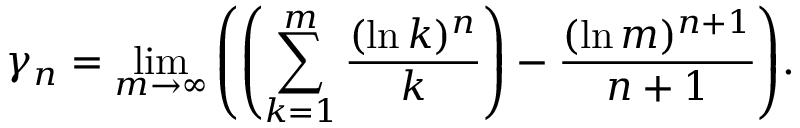
\gamma _ { n } = \operatorname* { l i m } _ { m \rightarrow \infty } { \left( \left( \sum _ { k = 1 } ^ { m } { \frac { ( \ln k ) ^ { n } } { k } } \right) - { \frac { ( \ln m ) ^ { n + 1 } } { n + 1 } } \right) } .